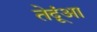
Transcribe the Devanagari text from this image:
तेदूंआ